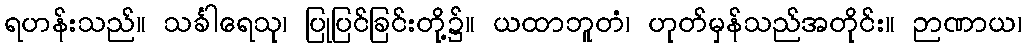
ရဟန်းသည်။ သင်္ခါရေသု၊ ပြုပြင်ခြင်းတို့၌။ ယထာဘူတံ၊ ဟုတ်မှန်သည်အတိုင်း။ ဉာဏာယ၊